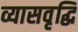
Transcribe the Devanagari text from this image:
व्यासवृद्धि